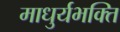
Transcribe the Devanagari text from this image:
माधुर्यभक्ति